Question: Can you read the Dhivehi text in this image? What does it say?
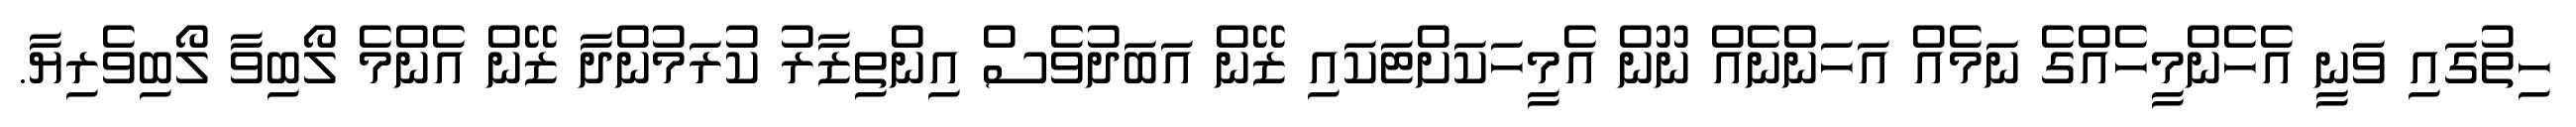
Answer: ހިތުގައި ވަނީ އެހެންމީހެއްގެ ނަމެއް އަހަންނެއް ނޫން އެމީހަކަށްޓަކައި ޒޭން އަބަދުވެސް އިންތިޒާރު ކުރަމުންދާ ޒޭން އެންމެ ލޯބިވާ ލޯބިވެރިޔާ.